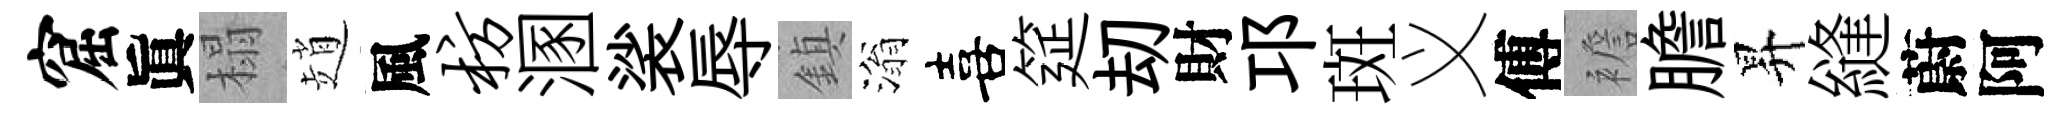
窟眞榻趙風枋溷裟辱鎮滃喜筵刧財邛斑义傅襜膽昇縫蔚阿